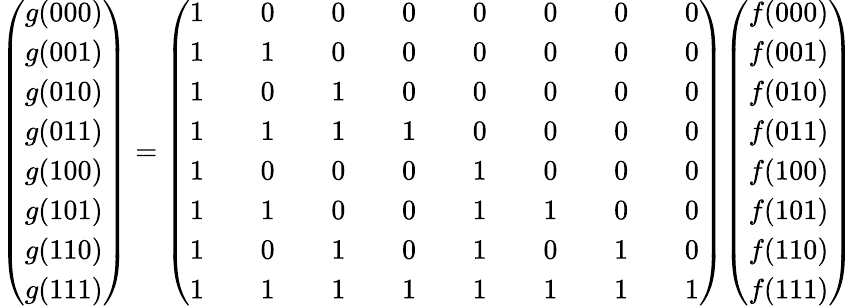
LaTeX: {\left(\begin{array}{l}{g(000)}\\ {g(001)}\\ {g(010)}\\ {g(011)}\\ {g(100)}\\ {g(101)}\\ {g(110)}\\ {g(111)}\end{array}\right)}={\left(\begin{array}{lllllllllllllll}{1}&&{0}&&{0}&&{0}&&{0}&&{0}&&{0}&&{0}\\ {1}&&{1}&&{0}&&{0}&&{0}&&{0}&&{0}&&{0}\\ {1}&&{0}&&{1}&&{0}&&{0}&&{0}&&{0}&&{0}\\ {1}&&{1}&&{1}&&{1}&&{0}&&{0}&&{0}&&{0}\\ {1}&&{0}&&{0}&&{0}&&{1}&&{0}&&{0}&&{0}\\ {1}&&{1}&&{0}&&{0}&&{1}&&{1}&&{0}&&{0}\\ {1}&&{0}&&{1}&&{0}&&{1}&&{0}&&{1}&&{0}\\ {1}&&{1}&&{1}&&{1}&&{1}&&{1}&&{1}&&{1}\end{array}\right)}{\left(\begin{array}{l}{f(000)}\\ {f(001)}\\ {f(010)}\\ {f(011)}\\ {f(100)}\\ {f(101)}\\ {f(110)}\\ {f(111)}\end{array}\right)}